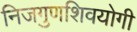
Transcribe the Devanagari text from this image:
निजगुणशिवयोगी